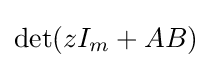
\det(zI_{m}+AB)